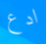
ادع